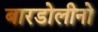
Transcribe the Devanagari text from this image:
बारडोलीनो